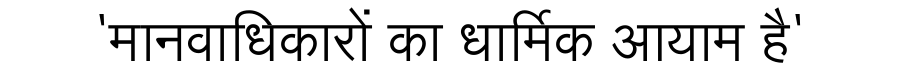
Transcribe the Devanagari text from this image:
'मानवाधिकारों का धार्मिक आयाम है'